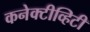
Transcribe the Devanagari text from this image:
कनेक्टीव्हिटी